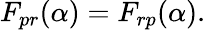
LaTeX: F_{pr}(\alpha)=F_{rp}(\alpha).